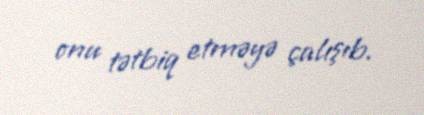
onu tətbiq etməyə çalışıb.